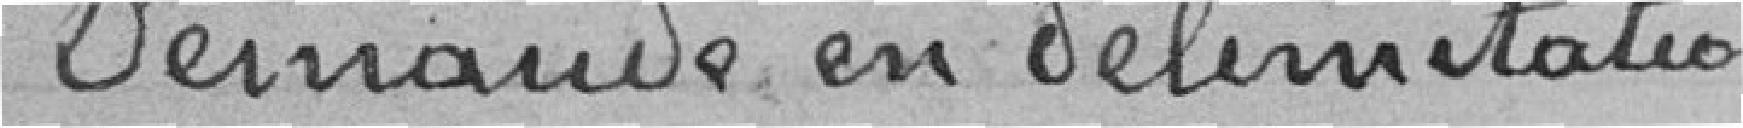
Demande en délimitation